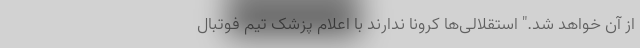
از آن خواهد شد." استقلالی‌ها کرونا ندارند با اعلام پزشک تیم فوتبال